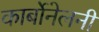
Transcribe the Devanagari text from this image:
कार्बोनेलनी